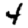
Digit: 4